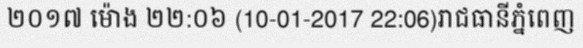
២០១៧ ម៉ោង ២២:០៦ (10-01-2017 22:06)រាជធានីភ្នំពេញ